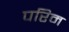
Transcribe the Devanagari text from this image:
परिम